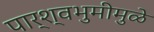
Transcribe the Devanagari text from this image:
पार्श्वभुमीमुळे